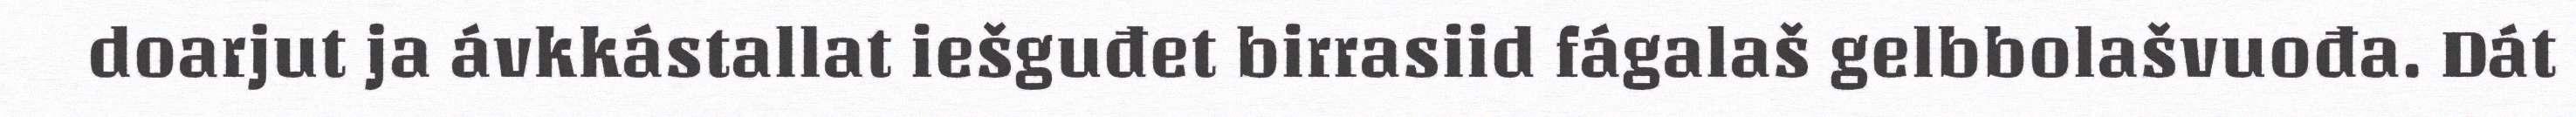
doarjut ja ávkkástallat iešguđet birrasiid fágalaš gelbbolašvuođa. Dát